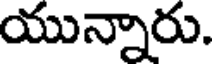
యున్నారు.